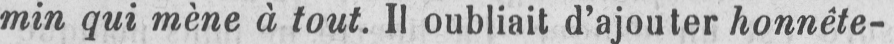
min qui mène à tout. Il oubliait d’ajouter honnête-